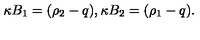
\kappa B _ { 1 } = ( \rho _ { 2 } - q ) , \kappa B _ { 2 } = ( \rho _ { 1 } - q ) .